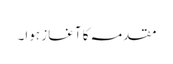
مقدمہ کا آغاز ہوا۔